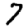
Digit: 7